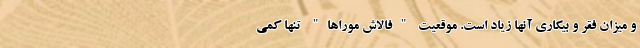
و میزان فقر و بیکاری آنها زیاد است. موقعیت "فالاش موراها" تنها کمی